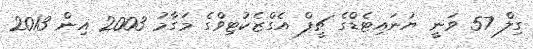
ގިލް 57 ވަނީ ޔުނައިޓެޑްގެ ޗީފް އެގްޒެކުޓިވްގެ މަގާމު 2003 އިން 2013